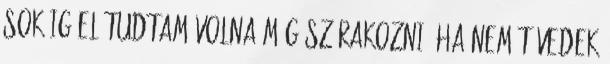
sokáig el tudtam volna még szórakozni, ha nem tévedek